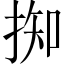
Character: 𢯙